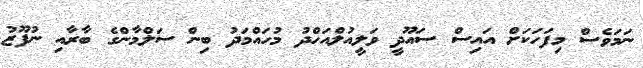
ނަމަވެސް މިފަހަކަށް އައިސް ސައޫދީ ވަލީއުލްއަހްދު މުހައްމަދު ބިން ސަލްމާންގެ ބާރާއި ނުފޫޒު